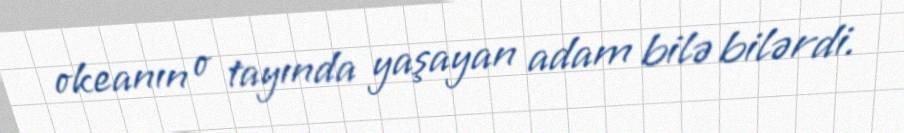
okeanın o tayında yaşayan adam bilə bilərdi.